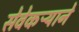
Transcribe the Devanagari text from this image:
सेवेकऱ्याने